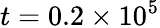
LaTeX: t=0.2\times 10^{5}